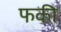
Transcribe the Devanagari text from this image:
फकी